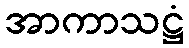
အာကာသဋ္ဌံ